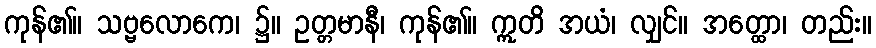
ကုန်၏။ သဗ္ဗလောကေ၊ ၌။ ဥတ္တမာနီ၊ ကုန်၏။ ဣတိ အယံ၊ လျှင်။ အတ္ထော၊ တည်း။